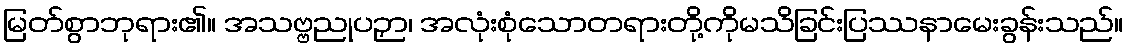
မြတ်စွာဘုရား၏။ အသဗ္ဗညုပဉှာ၊ အလုံးစုံသောတရားတို့ကိုမသိခြင်းပြဿနာမေးခွန်းသည်။